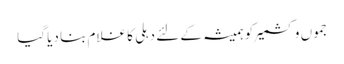
جموں وکشمیر کو ہمیشہ کے لئے دہلی کا غلام بنا دیا گیا